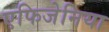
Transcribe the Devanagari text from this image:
एफिजेनिया